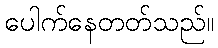
ပေါက်နေတတ်သည်။